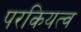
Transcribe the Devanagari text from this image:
परकियत्व